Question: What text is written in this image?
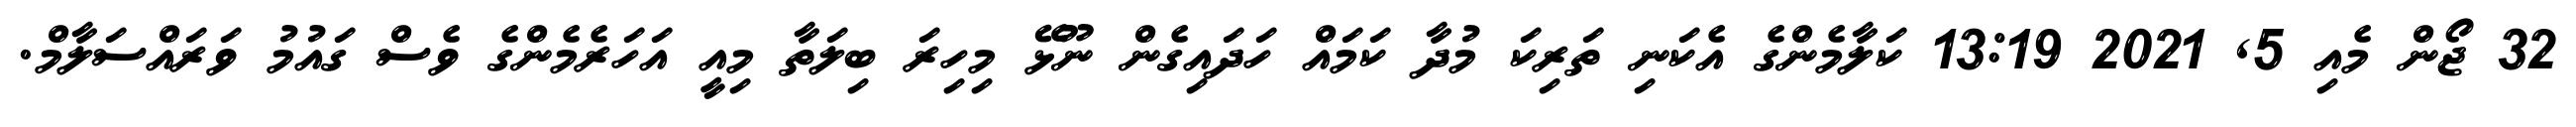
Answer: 32 ޖޯން މެއި 5, 2021 13:19 ކަލާމެންގެ އެކަނި ތަރިކަ މުދާ ކަމައް ހަދައިގެން ނޫޅޭ މިހިރަ ބިލަތާ މިއީ އަހަރެމެންގެ ވެސް ގައުމު ވަރައްސަލާމް.